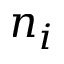
n _ { i }